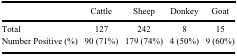
<table><thead><tr><td><b> </b></td><td><b>Cattle</b></td><td><b>Sheep</b></td><td><b>Donkey</b></td><td><b>Goat</b></td></tr></thead><tbody><tr><td>Total</td><td>127</td><td>242</td><td>8</td><td>15</td></tr><tr><td>Number Positive (%)</td><td>90 (71%)</td><td>179 (74%)</td><td>4 (50%)</td><td>9 (60%)</td></tr></tbody></table>